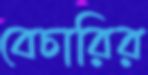
বেচারির